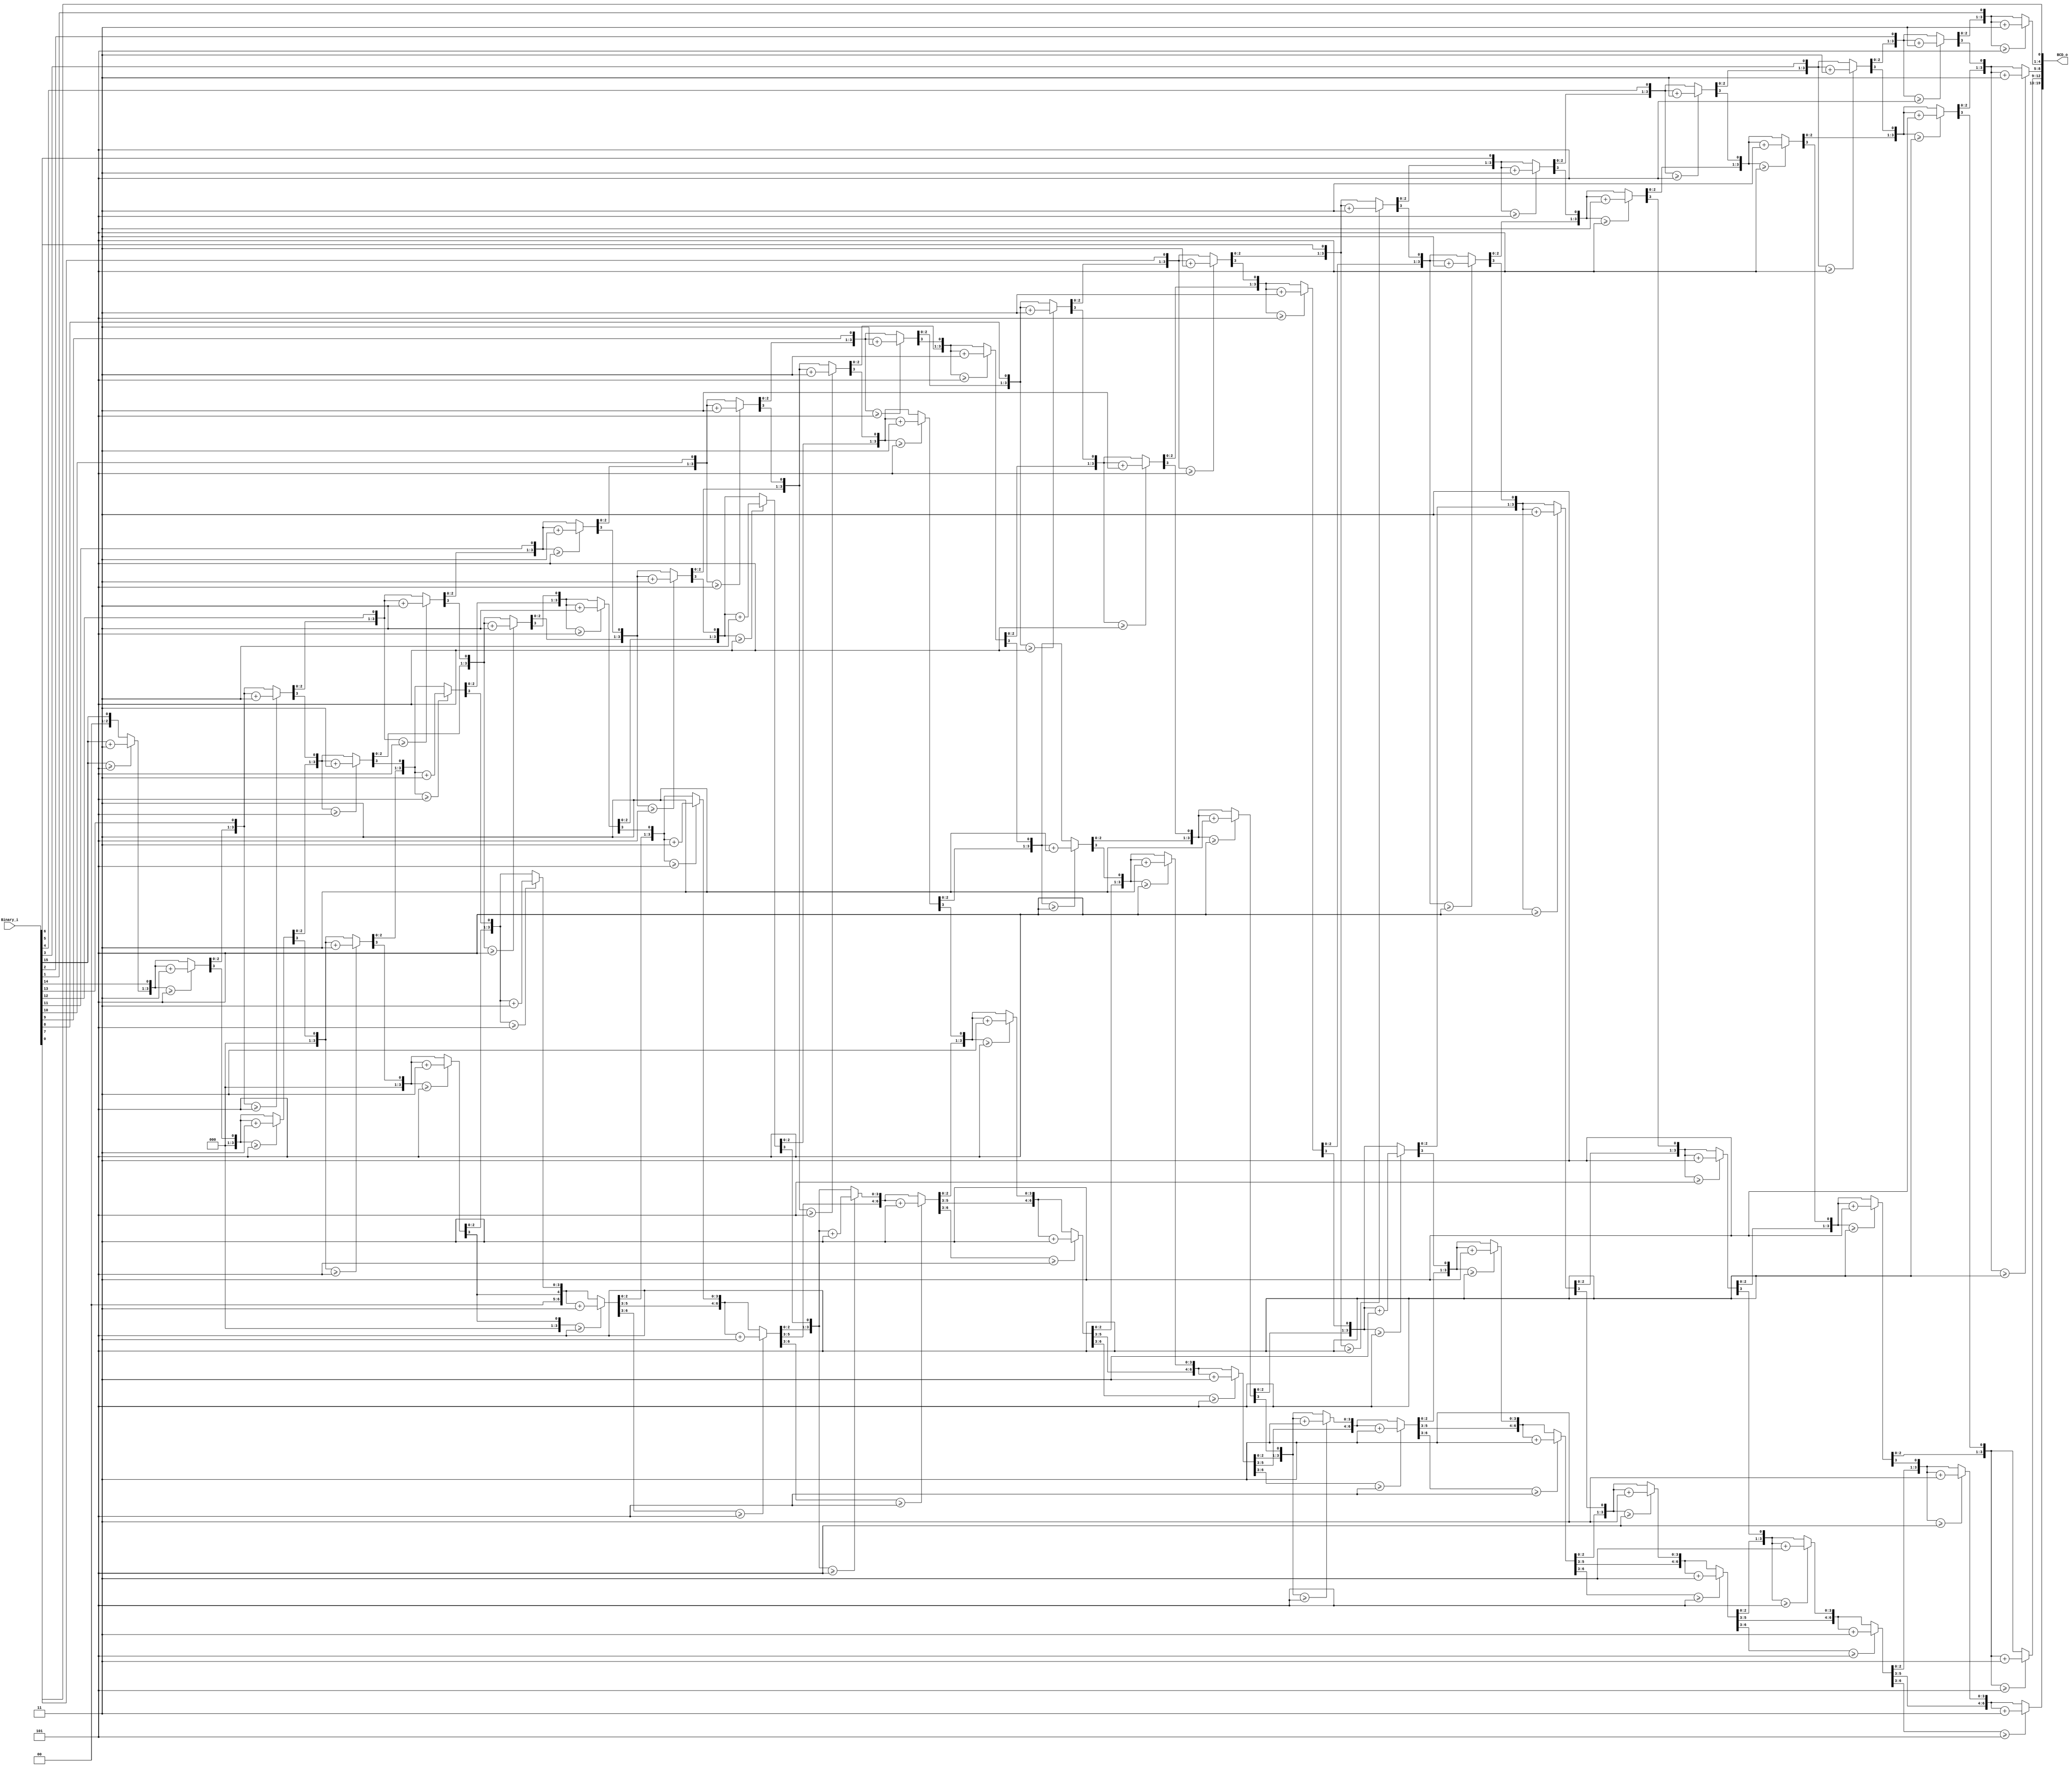
// This program was cloned from: https://github.com/leonow32/verilog-fpga
// License: MIT License

module DoubleDabble(
	input wire [15:0] Binary_i,	// Max 65535
	output reg [19:0] BCD_o
);
	
	integer i;
	
	always @(*) begin
		BCD_o = 0;
		
		// For each bit of input
		for(i=0; i<=15; i=i+1) begin
			
			//if a hex digit of 'BCD_o' is more than 4, add 3 to it. 
			if(BCD_o[3:0] >= 4'd5) 
				BCD_o[3:0] = BCD_o[3:0] + 4'd3;
			
			if(BCD_o[7:4] >= 4'd5)
				BCD_o[7:4] = BCD_o[7:4] + 4'd3;
			
			if(BCD_o[11:8] >= 4'd5)
				BCD_o[11:8] = BCD_o[11:8] + 4'd3;
				
			if(BCD_o[15:12] >= 4'd5)
				BCD_o[15:12] = BCD_o[15:12] + 4'd3; 
				
			if(BCD_o[19:16] >= 4'd5)
				BCD_o[19:12] = BCD_o[19:12] + 4'd3; 
			
			BCD_o = {BCD_o[18:0], Binary_i[15-i]};
		end
	end

endmodule